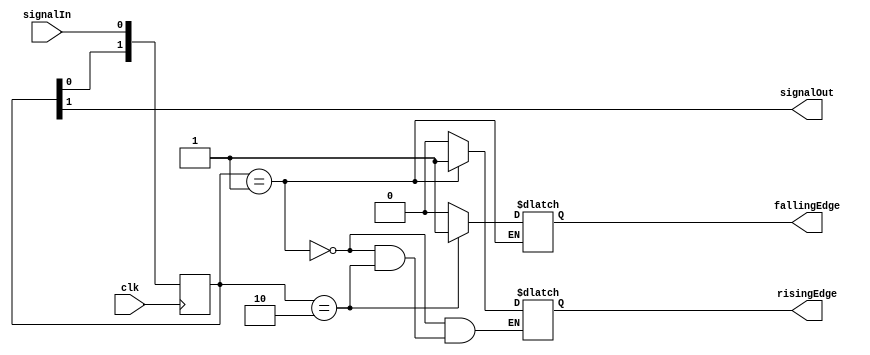
`timescale 1ns / 1ps
//////////////////////////////////////////////////////////////////////////////////
// Company: 
// Engineer: 
// 
// Design Name: 
// Module Name: edgeDetector
// Project Name: 
// Target Devices: 
// Tool Versions: 
// Description: 
// 
// Dependencies: 
// 
// Revision:
// Revision 0.01 - File Created
// Additional Comments:
// 
//////////////////////////////////////////////////////////////////////////////////


module edgeDetector(
    input wire clk,
    input wire signalIn,
    output wire signalOut,
    output reg risingEdge,
    output reg fallingEdge
    );
    reg [1:0] pipeline;
    
    
    always @(posedge clk) begin
     pipeline[0] <= signalIn;
      pipeline[1] <= pipeline[0];
    end
    
always @(*) begin
    if (pipeline ==  2'b01) begin
        risingEdge = 1'b1;
    end else if (pipeline ==  2'b10) begin
        fallingEdge = 1'b1;
    end else begin
        risingEdge = 1'b0;
        fallingEdge = 1'b0;
    end
end
      
     assign signalOut = pipeline[1];
endmodule